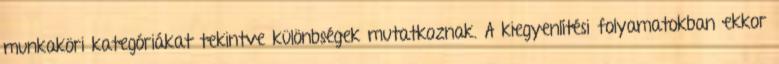
munkaköri kategóriákat tekintve különbségek mutatkoznak. A kiegyenlítési folyamatokban ekkor